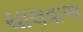
ચાલવાળા